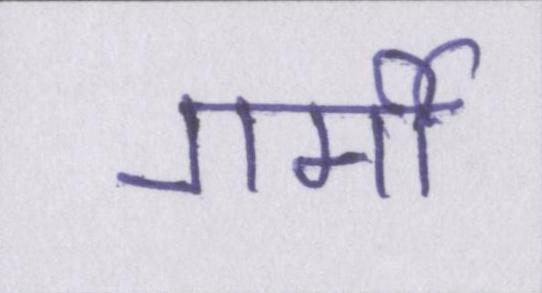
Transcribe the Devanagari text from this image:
गर्मी